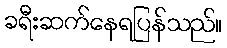
ခရီးဆက်နေရပြန်သည်။